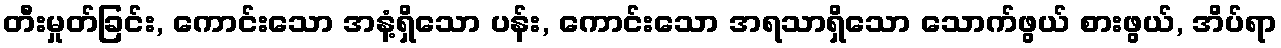
တီးမှုတ်ခြင်း, ကောင်းသော အနံ့ရှိသော ပန်း, ကောင်းသော အရသာရှိသော သောက်ဖွယ် စားဖွယ်, အိပ်ရာ